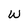
Character: w